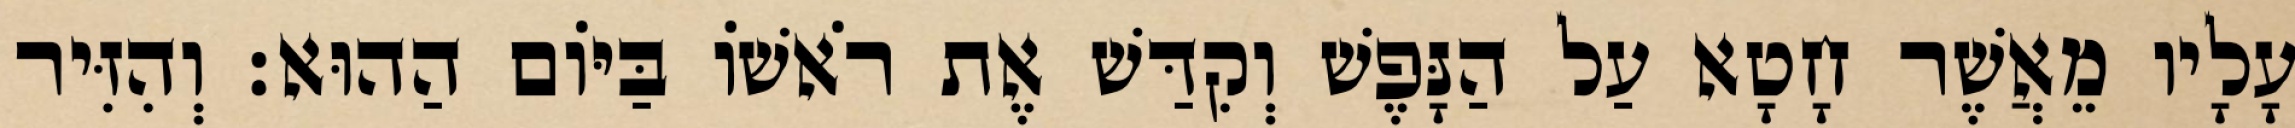
עָלָיו מֵאֲשֶׁר חָטָא עַל הַנָּפֶשׁ וְקִדַּשׁ אֶת רֹאשׁוֹ בַּיּוֹם הַהוּא׃ וְהִזִּיר